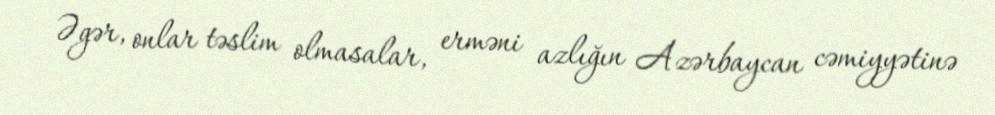
Əgər, onlar təslim olmasalar, erməni azlığın Azərbaycan cəmiyyətinə